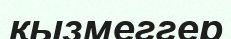
қызмеггер